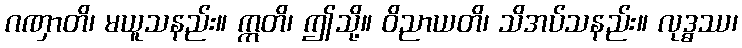
ဂဏှာတိ၊ မယူသနည်း။ ဣတိ၊ ဤသို့။ ဝိညာယတိ၊ သိအပ်သနည်း။ လုဒ္ဓဿ၊